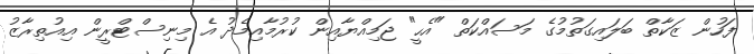
ފަހުން ޒަކާތް ބަލައިގަތުމުގެ މަސައްކަތް "އެހީ" ޖަމިއްޔާއިން ކުރުމާއިމެދު އެ މިނިސްޓްރީން އިއުތިރާޒު